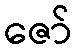
ဇော်